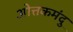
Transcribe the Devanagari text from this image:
ओत्तकमंदु